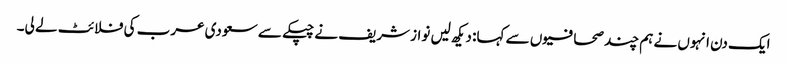
ایک دن انہوں نے ہم چند صحافیوں سے کہا: دیکھ لیں نواز شریف نے چپکے سے سعودی عرب کی فلائٹ لے لی۔